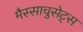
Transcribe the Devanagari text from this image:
मैस्साचुसेट्स